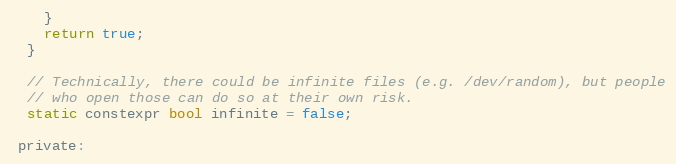
Language: C
    }
    return true;
  }

  // Technically, there could be infinite files (e.g. /dev/random), but people
  // who open those can do so at their own risk.
  static constexpr bool infinite = false;

 private: